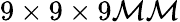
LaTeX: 9\times9\times9\mathcal{M}\mathcal{M}